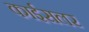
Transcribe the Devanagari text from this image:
काईसलर